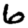
Digit: 6